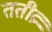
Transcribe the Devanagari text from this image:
ततीव्र